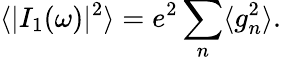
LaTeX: {\langle|I_{1}(\omega)|^{2}\rangle=e^{2}\sum_{n}\langle g_{n}^{2}\rangle}.